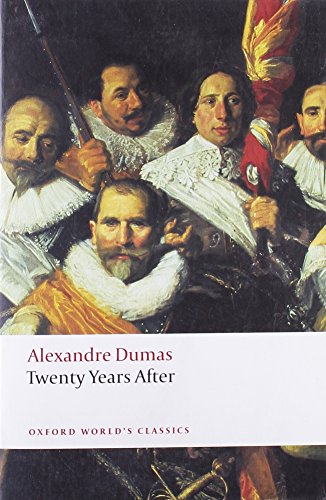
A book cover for Twenty Years After (Oxford World's Classics); Alexandre Dumas; Literature & Fiction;